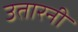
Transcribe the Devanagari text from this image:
उतारनी